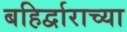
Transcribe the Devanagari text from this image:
बहिर्द्वाराच्या